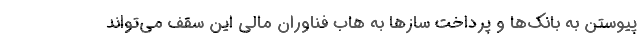
پیوستن به بانک‌ها و پرداخت ساز‌ها به هاب فناوران مالی این سقف می‌تواند